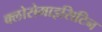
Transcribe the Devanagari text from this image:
क्लोरोमाइसिटिन